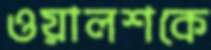
ওয়ালশকে